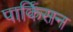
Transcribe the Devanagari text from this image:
पार्किसन